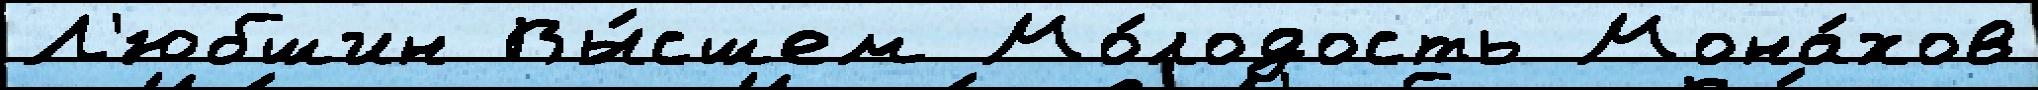
Л'юбшин Вы́сшем Мо́лодость Мона́хов